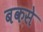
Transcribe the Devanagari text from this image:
बकसे